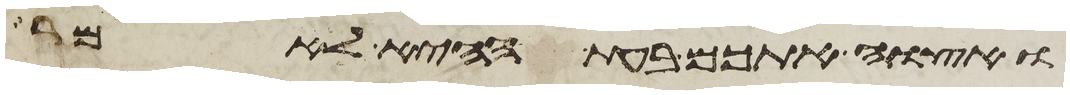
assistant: ואצוה אתכם בעת ההיא לאמר